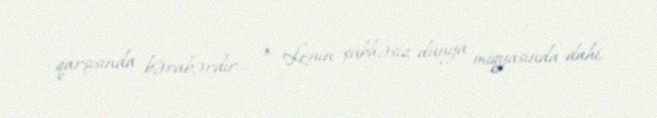
qarşısında bərabərdir... * Lenin şübhəsiz dünya miqyasında dahi,